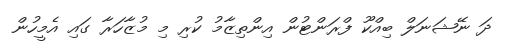
ދަ ނޭޝަނަލް ބިއްކޫ ފްރަންޓުން އިންތިޒާމު ކުރި މި މުޒާހަރާ ގައި އެމީހުން